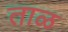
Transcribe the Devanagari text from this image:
ताळ